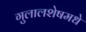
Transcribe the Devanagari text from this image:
गुलालशेषमधे